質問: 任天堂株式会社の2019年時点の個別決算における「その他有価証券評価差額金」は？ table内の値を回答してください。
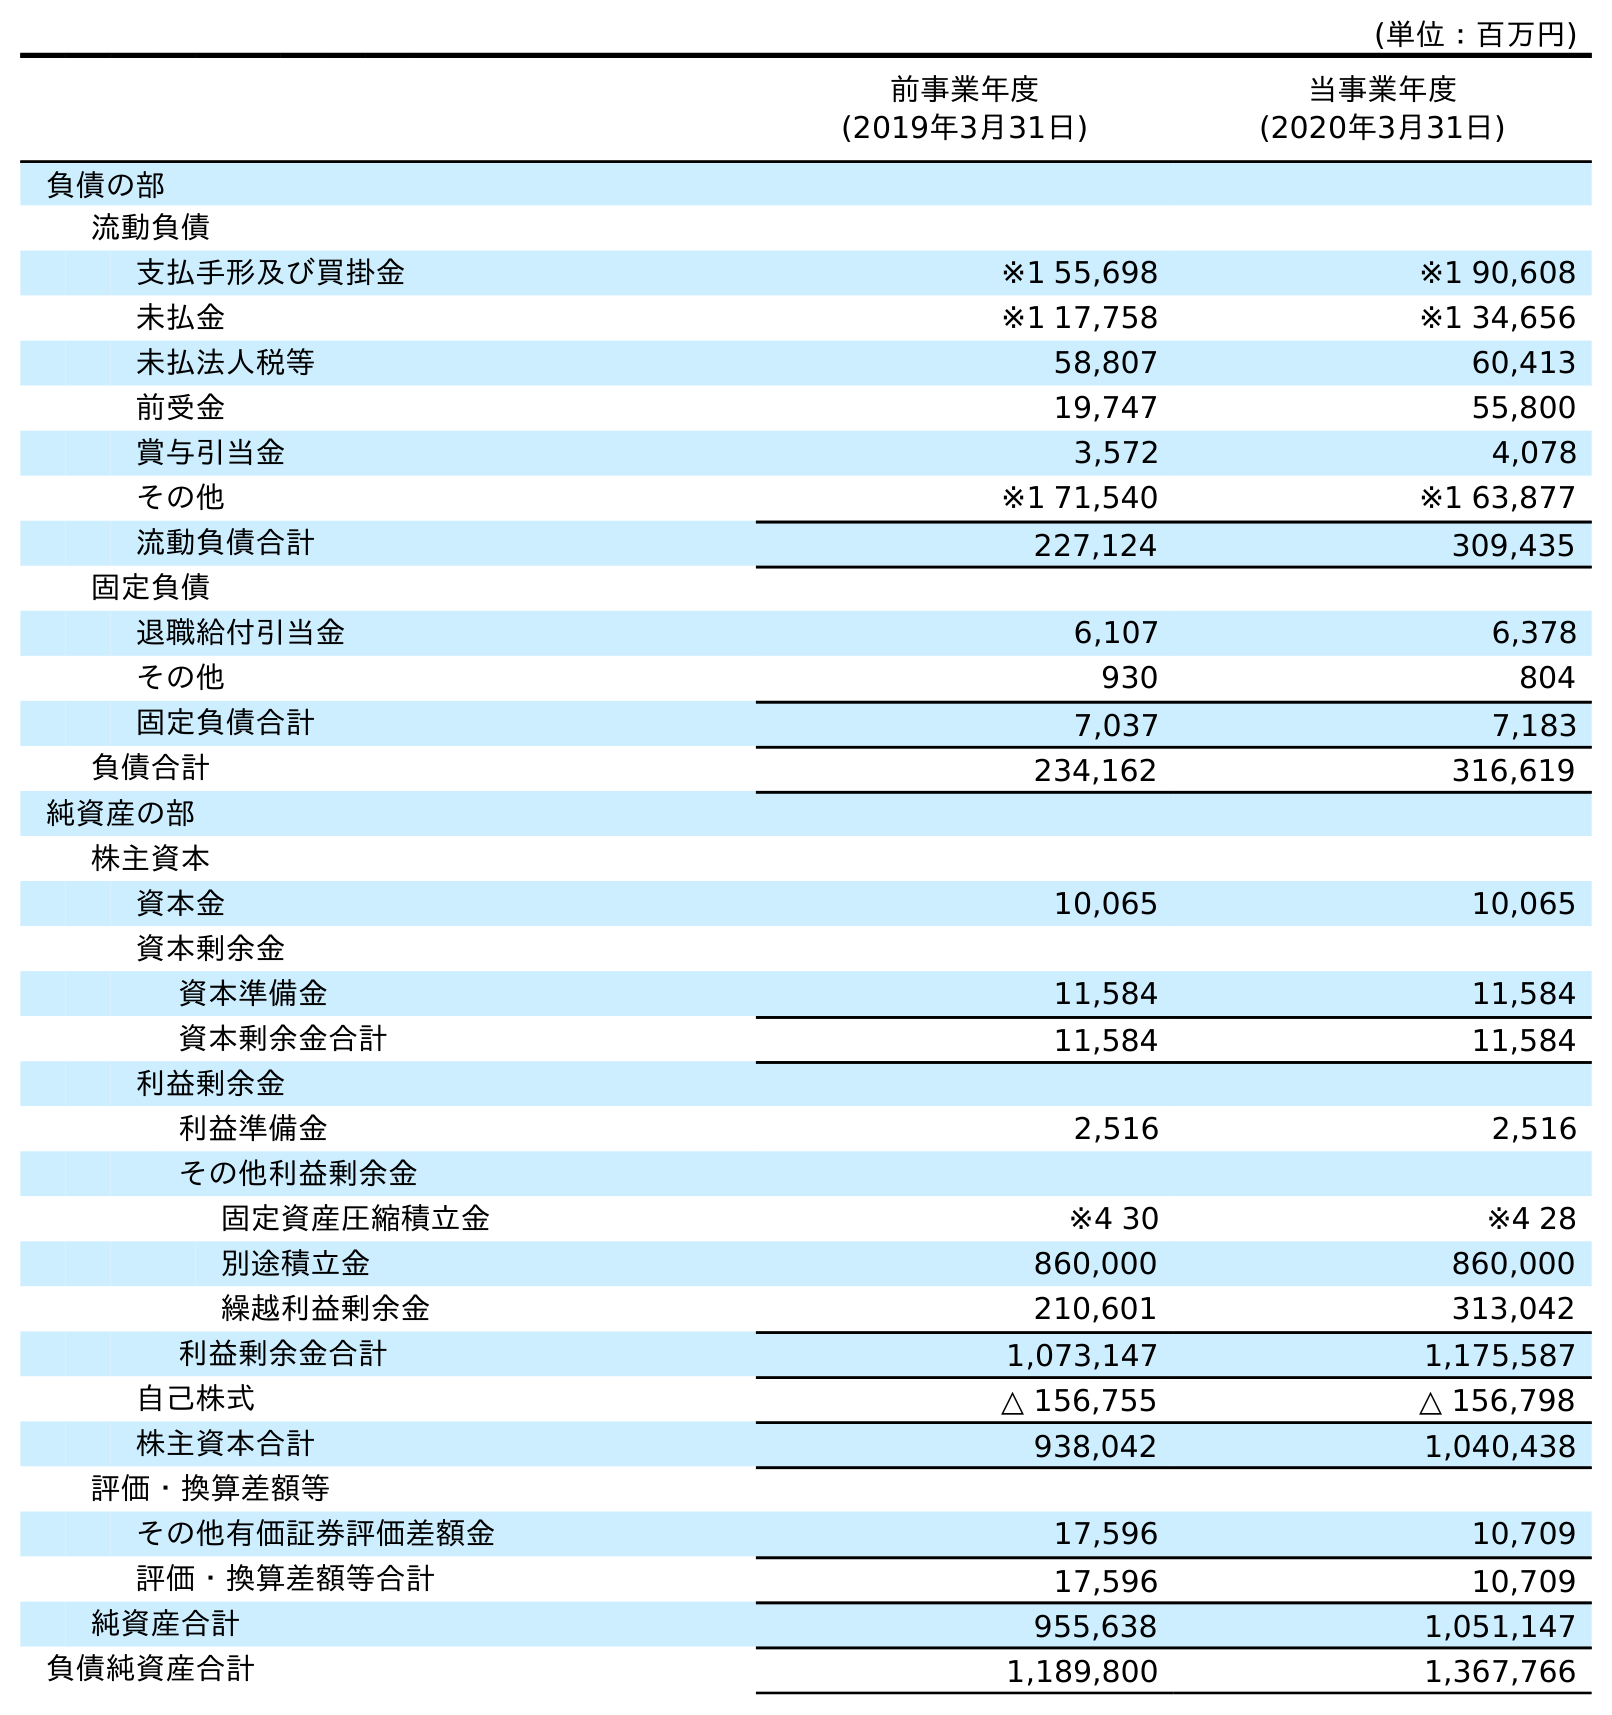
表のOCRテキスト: (単位：百万円) 前事業年度 (2019年3月31日) 当事業年度 (2020年3月31日) 負債の部 流動負債 支払手形及び買掛金 ※1 55,698 ※1 90,608 未払金 ※1 17,758 ※1 34,656 未払法人税等 58,807 60,413 前受金 19,747 55,800 賞与引当金 3,572 4,078 その他 ※1 71,540 ※1 63,877 流動負債合計 227,124 309,435 固定負債 退職給付引当金 6,107 6,378 その他 930 804 固定負債合計 7,037 7,183 負債合計 234,162 316,619 純資産の部 株主資本 資本金 10,065 10,065 資本剰余金 資本準備金 11,584 11,584 資本剰余金合計 11,584 11,584 利益剰余金 利益準備金 2,516 2,516 その他利益剰余金 固定資産圧縮積立金 ※4 30 ※4 28 別途積立金 860,000 860,000 繰越利益剰余金 210,601 313,042 利益剰余金合計 1,073,147 1,175,587 自己株式 △ 156,755 △ 156,798 株主資本合計 938,042 1,040,438 評価・換算差額等 その他有価証券評価差額金 17,596 10,709 評価・換算差額等合計 17,596 10,709 純資産合計 955,638 1,051,147 負債純資産合計 1,189,800 1,367,766
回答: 17,596